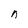
Character: n